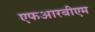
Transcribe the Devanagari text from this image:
एफआरबीएम